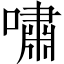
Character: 嘯